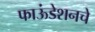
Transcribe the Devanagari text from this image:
फाऊंडेशनचे